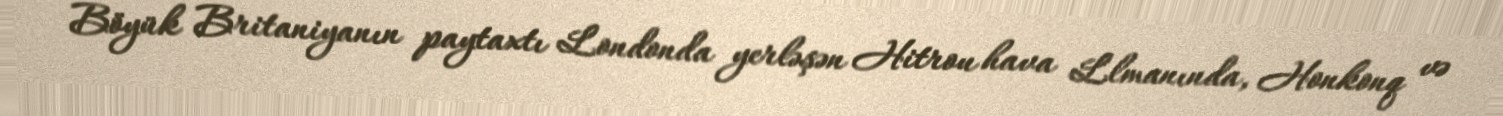
Böyük Britaniyanın paytaxtı Londonda yerləşən Hitrou hava Llmanında, Honkonq və